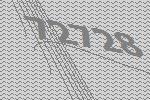
72728